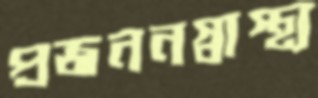
প্রজননস্বাস্থ্য